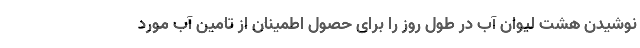
نوشیدن هشت لیوان آب در طول روز را برای حصول اطمینان از تامین آب مورد